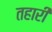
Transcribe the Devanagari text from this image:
तहारी